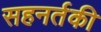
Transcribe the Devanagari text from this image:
सहनर्तकी